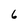
Character: 6